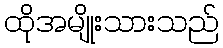
ထိုအမျိုးသားသည်